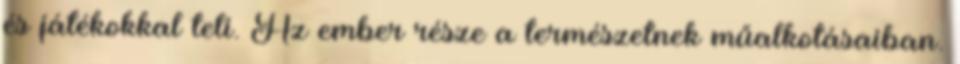
és játékokkal teli. Az ember része a természetnek műalkotásaiban.